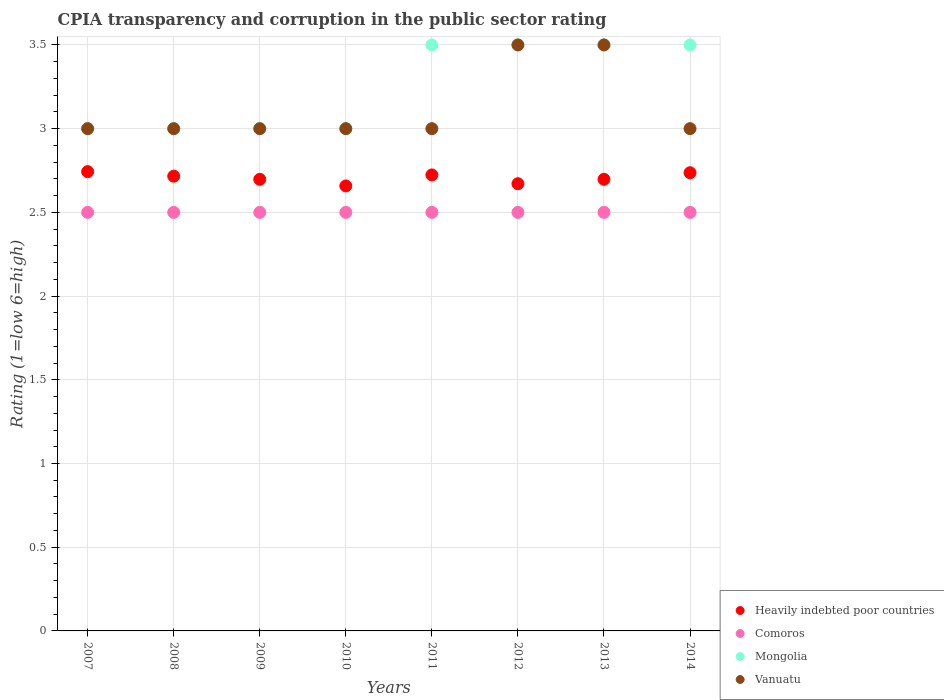
| Years | Heavily indebted poor countries | Comoros | Mongolia | Vanuatu |
 | --- | --- | --- | --- | --- |
 | 2007 | 2.74 | 2.5 | 3 | 3 |
 | 2008 | 2.72 | 2.5 | 3 | 3 |
 | 2009 | 2.7 | 2.5 | 3 | 3 |
 | 2010 | 2.66 | 2.5 | 3 | 3 |
 | 2011 | 2.72 | 2.5 | 3.5 | 3 |
 | 2012 | 2.67 | 2.5 | 3.5 | 3.5 |
 | 2013 | 2.7 | 2.5 | 3.5 | 3.5 |
 | 2014 | 2.74 | 2.5 | 3.5 | 3 |